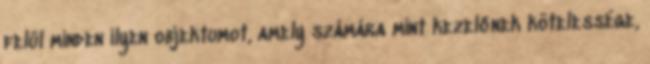
felül minden ilyen objektumot, amely számára mint kezelőnek kötelessége,